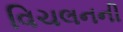
વિચલનની